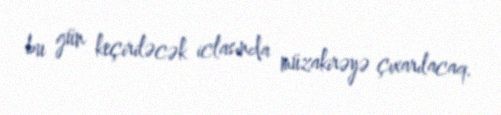
bu gün keçiriləcək iclasında müzakirəyə çıxarılacaq.